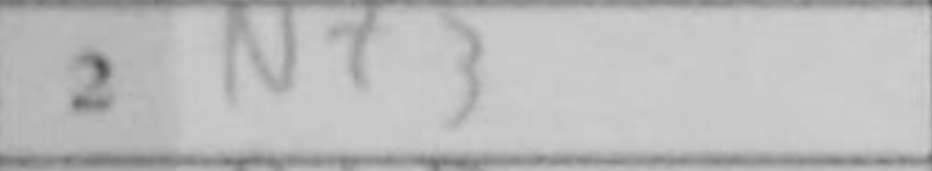
Transcription: Nf3